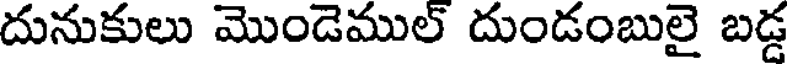
దునుకులు మొండెముల్ దుండంబులై బడ్డ